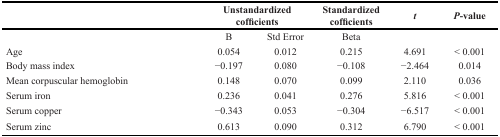
<table><thead><tr><td></td><td colspan="2"><b>Unstandardized cofficients</b></td><td><b>Standardized cofficients</b></td><td><b><i>t</i></b></td><td><b><i>P</i>-value</b></td></tr></thead><tbody><tr><td></td><td>B</td><td>Std Error</td><td>Beta</td><td></td><td></td></tr><tr><td>Age</td><td>0.054</td><td>0.012</td><td>0.215</td><td>4.691</td><td>&lt; 0.001</td></tr><tr><td>Body mass index</td><td>−0.197</td><td>0.080</td><td>−0.108</td><td>−2.464</td><td>0.014</td></tr><tr><td>Mean corpuscular hemoglobin</td><td>0.148</td><td>0.070</td><td>0.099</td><td>2.110</td><td>0.036</td></tr><tr><td>Serum iron</td><td>0.236</td><td>0.041</td><td>0.276</td><td>5.816</td><td>&lt; 0.001</td></tr><tr><td>Serum copper</td><td>−0.343</td><td>0.053</td><td>−0.304</td><td>−6.517</td><td>&lt; 0.001</td></tr><tr><td>Serum zinc</td><td>0.613</td><td>0.090</td><td>0.312</td><td>6.790</td><td>&lt; 0.001</td></tr></tbody></table>